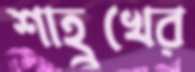
শাহ্রুখের